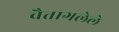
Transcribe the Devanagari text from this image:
वैतागलेले